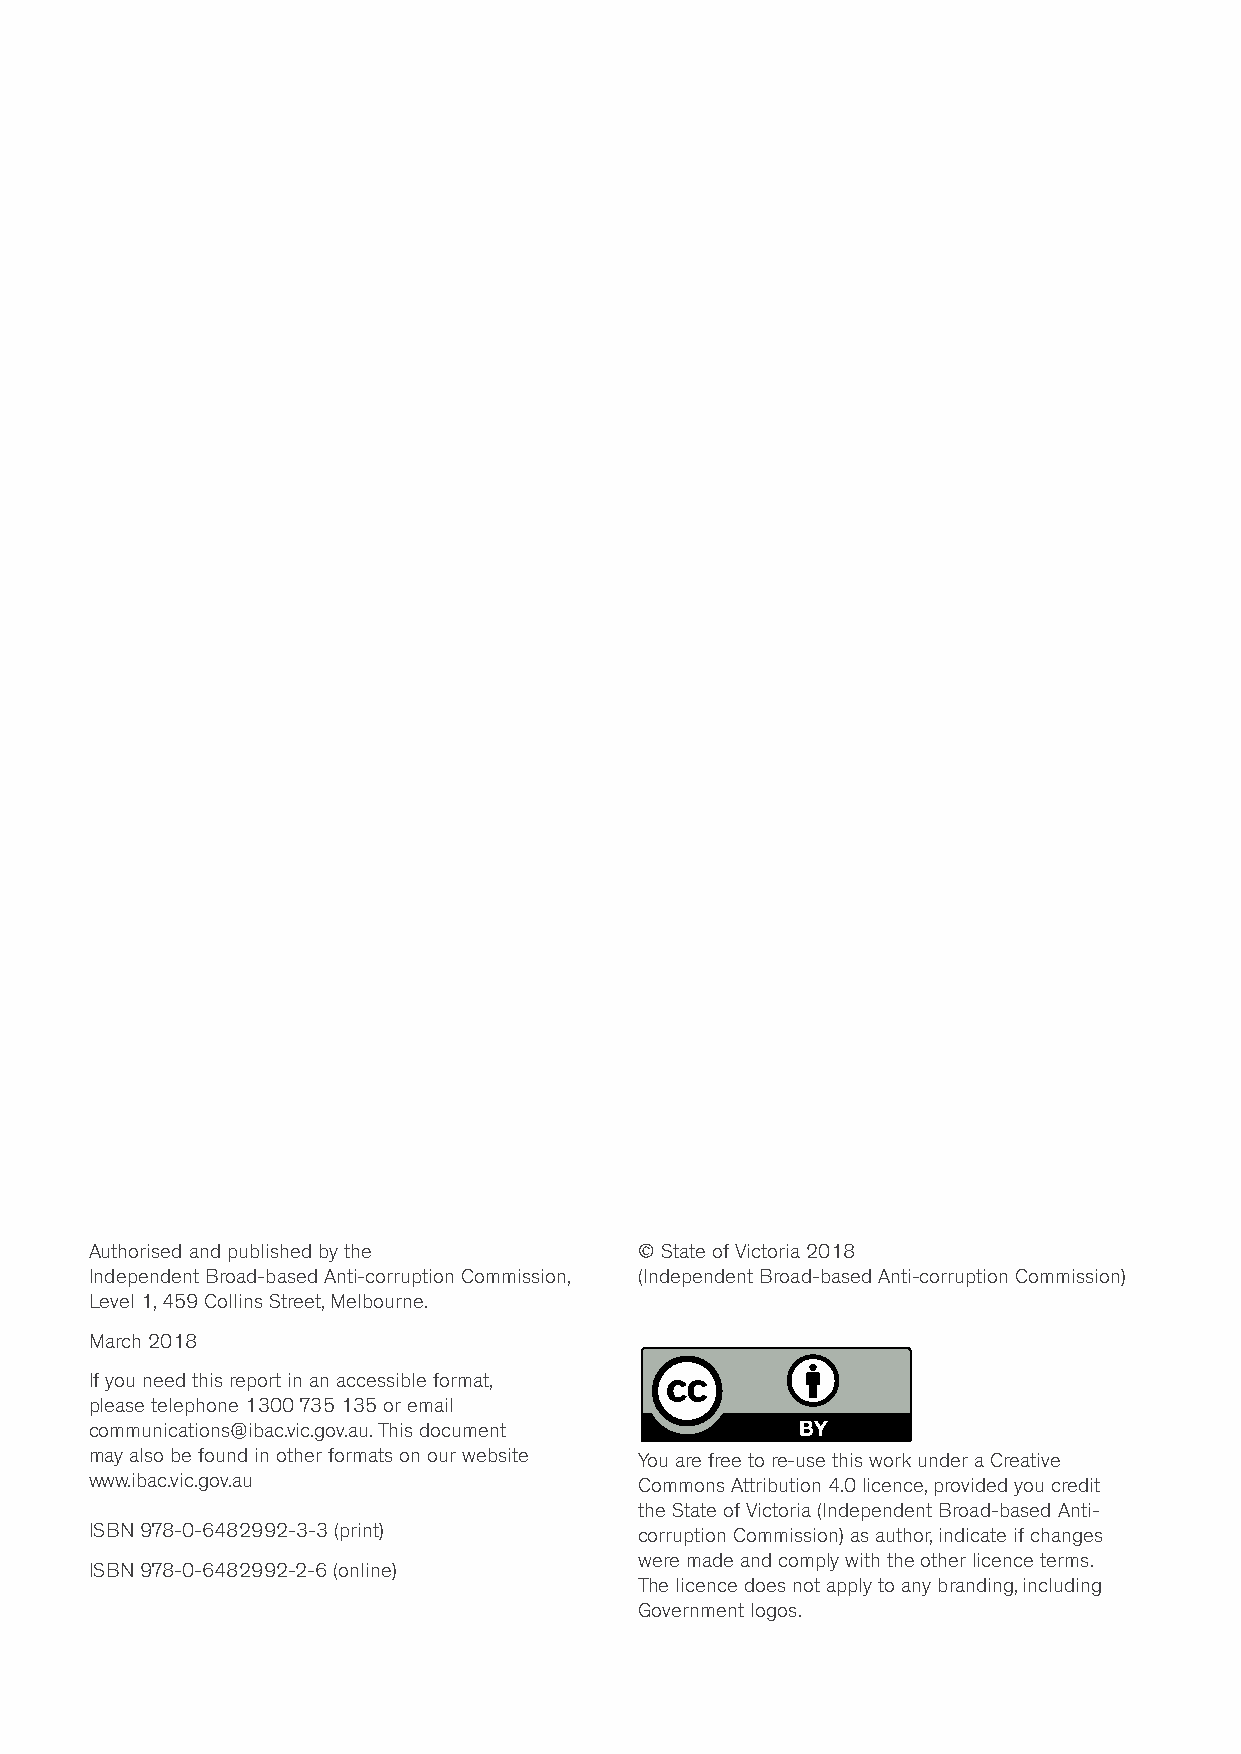
Authorised and published by the     © State of Victoria 2018
 Independent Broad-based Anti-corruption Commission, (Independent Broad-based Anti-corruption Commission)
 Level 1, 459 Collins Street, Melbourne.
 March 2018
 If you need this report in an accessible format,
 please telephone 1300 735 135 or email
 communications@ibac.vic.gov.au. This document
 may also be found in other formats on our website You are free to re-use this work under a Creative
 www.ibac.vic.gov.au                 Commons Attribution 4.0 licence, provided you credit
 the State of Victoria (Independent Broad-based Anti-
 ISBN 978-0-6482992-3-3 (print)      corruption Commission) as author, indicate if changes
 were made and comply with the other licence terms.
 ISBN 978-0-6482992-2-6 (online)
 The licence does not apply to any branding, including
 Government logos.